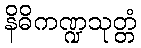
နိဓိကဏ္ဍသုတ္တံ